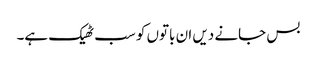
بس جانے دیں ان باتوں کو سب ٹھیک ہے۔